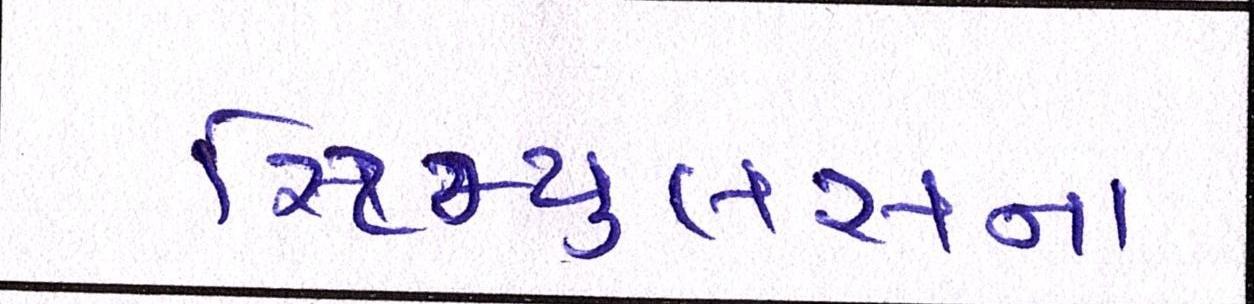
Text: સ્ટિમ્યુલસના